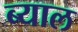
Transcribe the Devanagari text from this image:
ब्‍याल